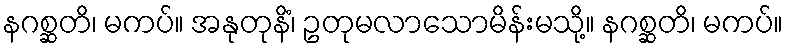
နဂစ္ဆတိ၊ မကပ်။ အနုတုနိံ၊ ဥတုမလာသောမိန်းမသို့။ နဂစ္ဆတိ၊ မကပ်။